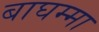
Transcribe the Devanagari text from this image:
बाघम्मा